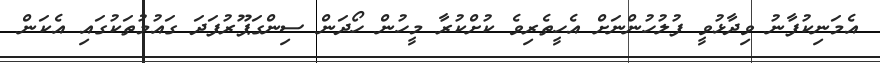
އެމަނިކުފާނު ވިދާޅުވީ ފުލުހުންނަށް އެހީތެރިވެ ކުށްކުރާ މީހުން ހޯދަން ސިންގަޕޫރުފަދަ ގައުމުތަކުގައި އެކަން